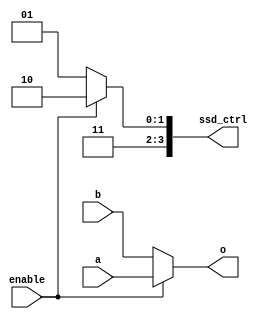
module select(
    input [3:0] a,
    input [3:0] b,
    output [3:0] o,
    output [3:0] ssd_ctrl,
    input enable
    );

reg [3:0] o;
reg [3:0] ssd_ctrl;

always @(a or b or enable)
begin
    if(enable)
    begin
        o[3:0] <= a[3:0];
        ssd_ctrl[3:0] <= 4'b1110;
    end
    else
    begin
        o[3:0] <= b[3:0];
        ssd_ctrl[3:0] <= 4'b1101;
    end
end

endmodule